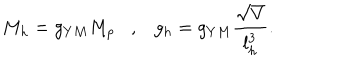
M _ { h } = g _ { Y M } M _ { p } , g _ { h } = g _ { Y M } \frac { \sqrt { V } } { l _ { h } ^ { 3 } } .